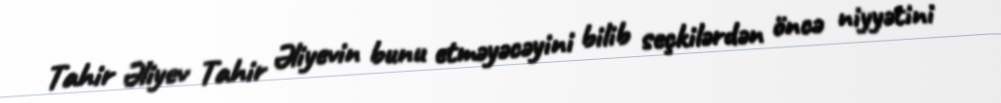
Tahir Əliyev Tahir Əliyevin bunu etməyəcəyini bilib seçkilərdən öncə niyyətini